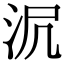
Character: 𣲻